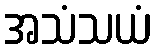
အသံသယံ